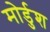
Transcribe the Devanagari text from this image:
मोर्डुश